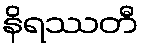
နိရဿတီ